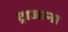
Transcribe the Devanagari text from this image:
ट्राजाना